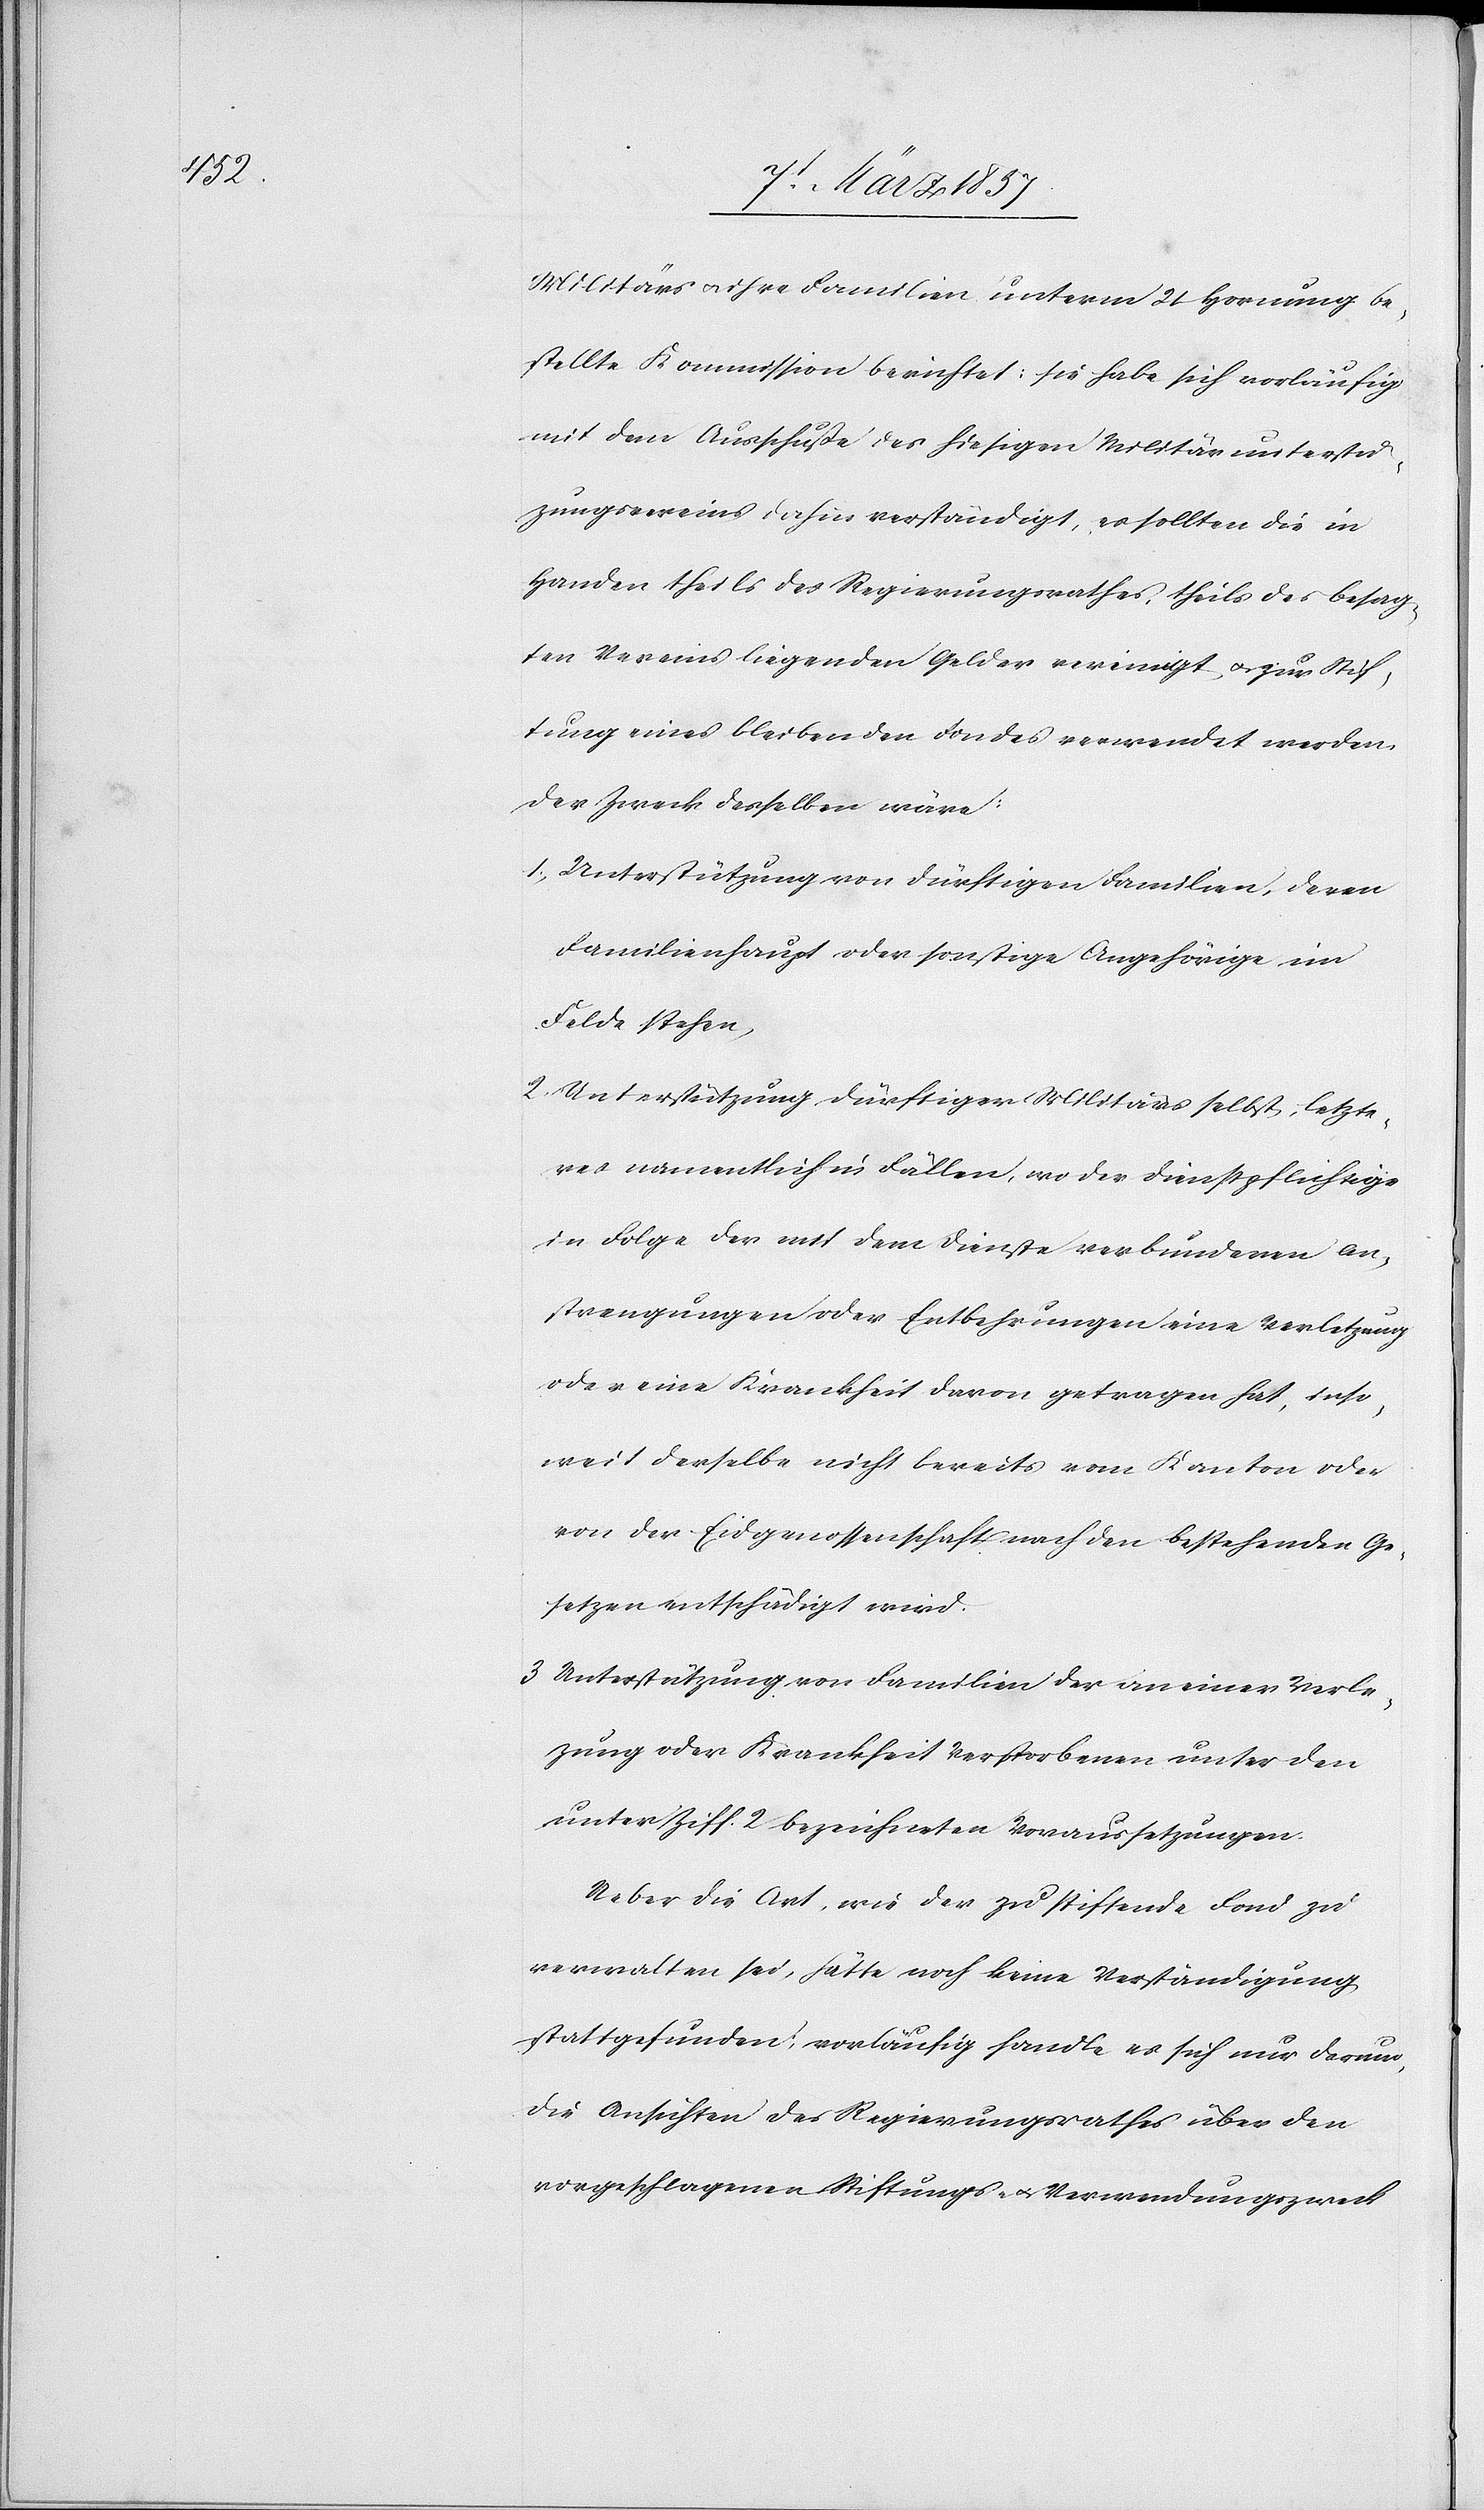
Militärs u. ihre Familien unterm 21 Hornung be¬
stellte Kommission berichtet: sie habe sich vorläufig
mit dem Ausschuße des hiesigen Militär Unterstü¬
zungsvereins dahin verständigt, es sollten die in
Handen theils des Regierungsrathes, theils des besag¬
ten Vereins liegenden Gelder vereinigt u. zur Stif¬
tung eines bleibenden Fondes verwendet werden.
Der Zweck desselben wäre:
1. Unterstützung von dürftigen Familien, deren
Familienhaupt oder sonstige Angehörige im
Felde stehen,
2. Unterstützung dürftiger Militärs selbst, letzte¬
res namentlich in Fällen, wo der Dienstpflichtige
in Folge der mit dem Dienste verbundenen An¬
strengungen oder Entbehrungen eine Verletzung
oder eine Krankheit davon getragen hat, inso¬
weit derselbe nicht bereits vom Kanton oder
von der Eidgenossenschaft nach den bestehenden Ge¬
setzen entschädigt wird.
3 Unterstützung von Familien der an einer Verle¬
zung oder Krankheit Verstorbenen unter den
unter Ziff. 2 bezeichneten Voraussetzungen.
Ueber die Art, wie der zu stiftende Fond zu
verwalten sei, hätte noch keine Verständigung
stattgefunden, vorläufig handle es sich nur darum,
die Ansichten des Regierungsrathes über den
vorgeschlagenen Stiftungs- u. Verwendungszweck